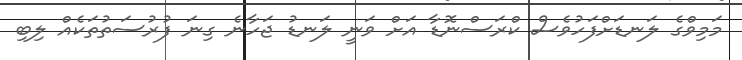
މަމިވްގެ ލަނޑަށްފަހުވެސް ކްރަސްނޮޑާ އަށް ވަނީ ލަނޑު ޖަހާނެ ގިނަ ފުރުސަތުތަކެއް ލިބި